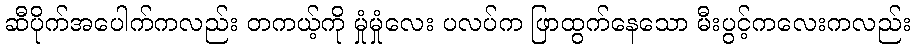
ဆီပိုက်အပေါက်ကလည်း တကယ့်ကို မှုံမှုံလေး ပလပ်က ဖြာထွက်နေသော မီးပွင့်ကလေးကလည်း